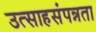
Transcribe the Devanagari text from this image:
उत्साहसंपन्नता